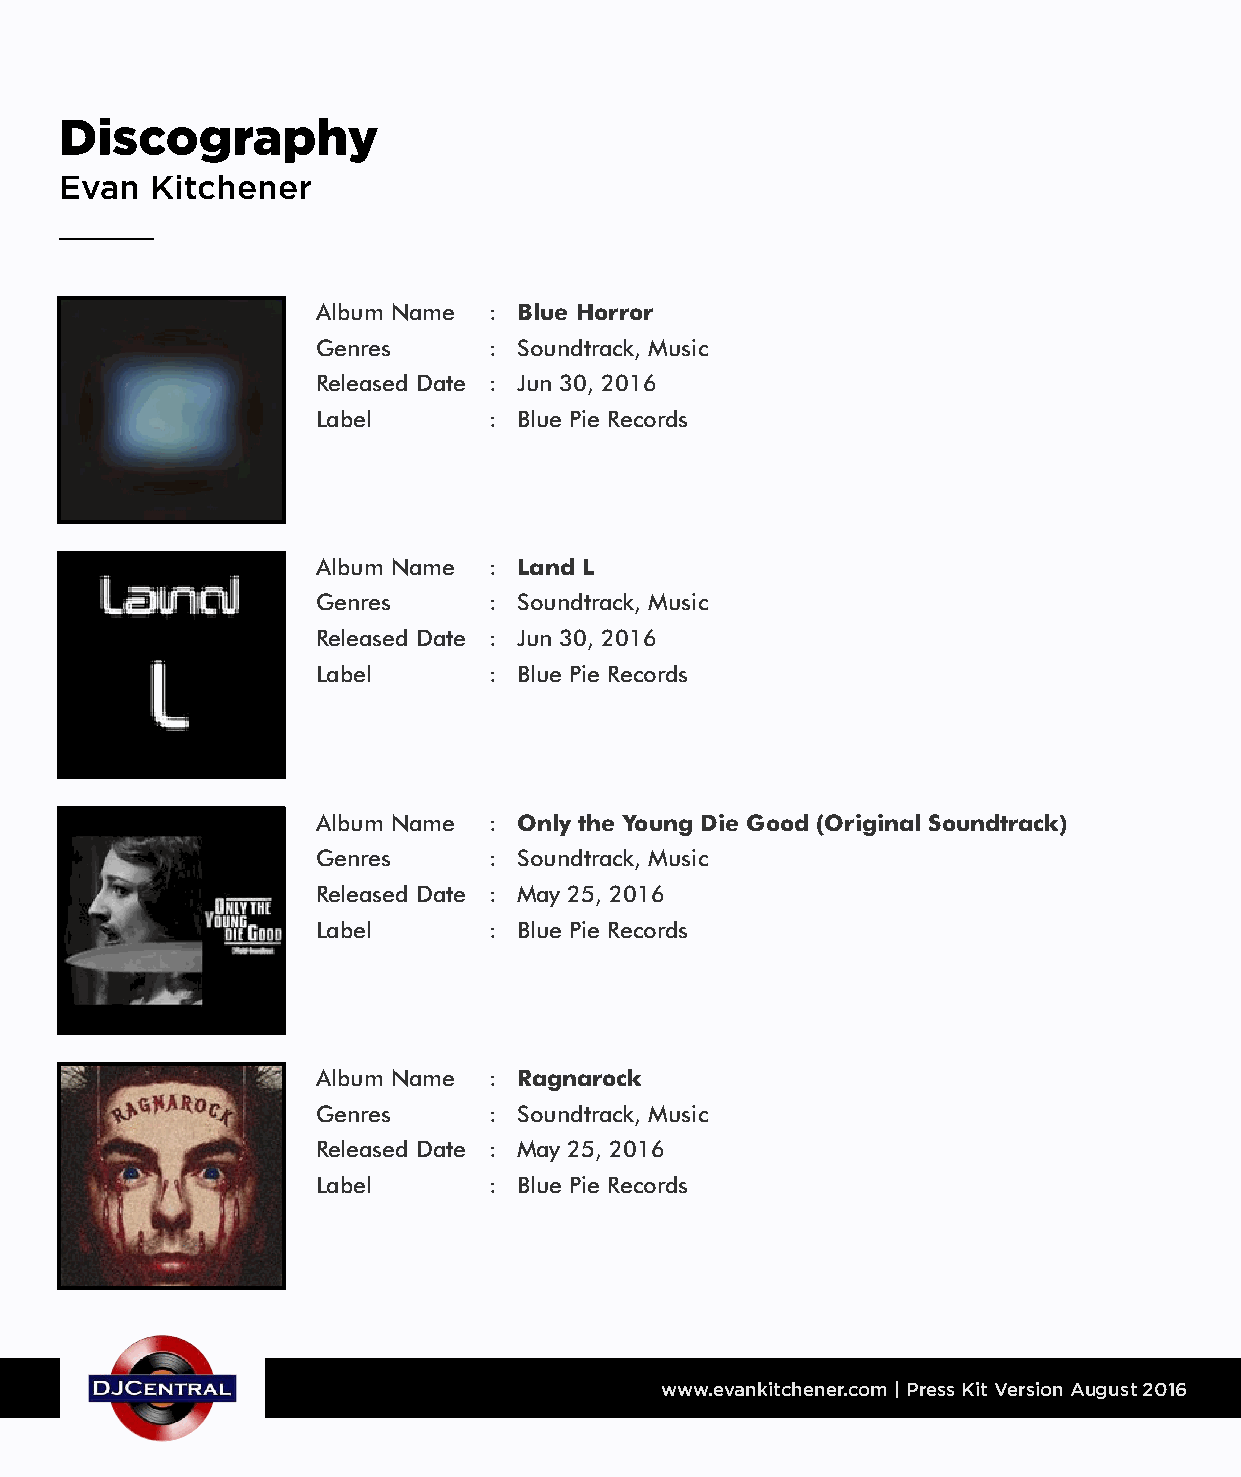
Discography
 Evan  Kitchener
 Album Name : Blue Horror
 Genres     : Soundtrack, Music
 Released Date : Jun 30, 2016
 Label      : Blue Pie Records
 Album Name : Land L
 Genres     : Soundtrack, Music
 Released Date : Jun 30, 2016
 Label      : Blue Pie Records
 Album Name : Only the Young Die Good (Original Soundtrack)
 Genres     : Soundtrack, Music
 Released Date : May 25, 2016
 Label      : Blue Pie Records
 Album Name : Ragnarock
 Genres     : Soundtrack, Music
 Released Date : May 25, 2016
 Label      : Blue Pie Records
 www.evankitchener.com | Press Kit Version August 2016